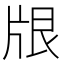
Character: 𪺢